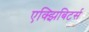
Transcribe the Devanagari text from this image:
एक्झिबिटर्स